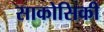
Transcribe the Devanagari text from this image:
साकोसिकी